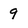
Character: 9